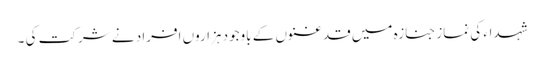
شہداء کی نماز جنازہ میں قدغنوں کے باوجود ہزاروں افراد نے شرکت کی ۔